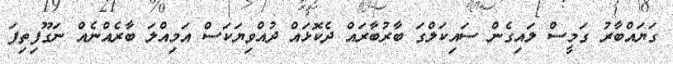
ގަޔައްބާރު ގަމީސް ލައިގެން ސައިކަލްގަ ބާރުބާރައް ދެކޮޅައް ދުއްވިޔަކަސް އަމިއްލަ ބާރެއްނެއް ނަގޫފިތިފަ